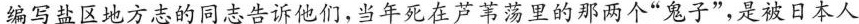
编写盐区地方志的同志告诉他们,当年死在芦苇荡里的那两个“鬼子”,是被日本人